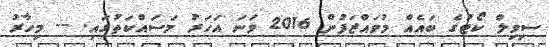
ސިވިލް ކޯޓުގެ ބައެއް މުވައްޒަފުން 2016 ވަނަ އަހަރު މަސައްކަތުގައި. -- މިހާރު